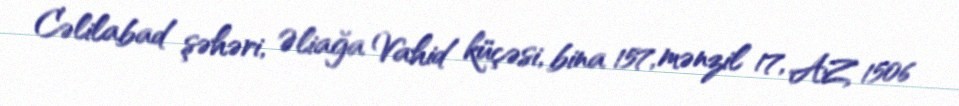
Cəlilabad şəhəri, Əliağa Vahid küçəsi, bina 157, mənzil 17, AZ 1506